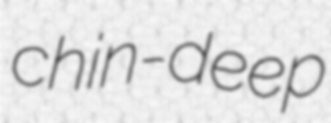
chin-deep